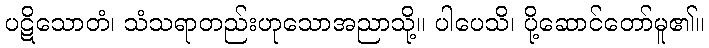
ပဋိသောတံ၊ သံသရာတည်းဟုသောအညာသို့။ ပါပေသိ၊ ပို့ဆောင်တော်မူ၏။